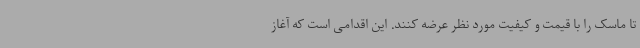
تا ماسک را با قیمت و کیفیت مورد نظر عرضه کنند. این اقدامی است که آغاز